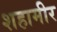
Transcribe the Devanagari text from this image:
शहामीर